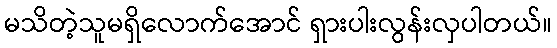
မသိတဲ့သူမရှိလောက်အောင် ရှားပါးလွန်းလှပါတယ်။